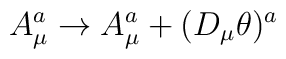
A_\mu^a \to A_\mu^a + (D_\mu\theta)^a